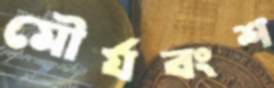
মৌর্যবংশ